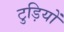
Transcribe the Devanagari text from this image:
टुड़ियों